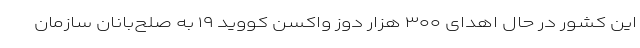
این کشور در حال اهدای ۳۰۰ هزار دوز واکسن کووید ۱۹ به صلح‌بانان سازمان